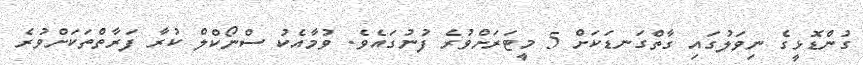
ގުންޑޮޅީގެ ނިވަލުގައި ގާތްގަނޑަކަށް 5 މީޓަރަށްވުރެ ފުނުގައެވެ. ވުމާއެކު ސްނޯކްލް ކުރާ ފަރާތްތަކަށްވުރެ